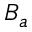
B _ { a }